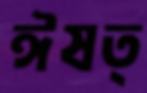
ঈষত্